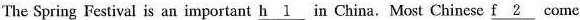
The Spring Festival is an important \underline{h1} in China. Most Chinese \underline{f2} come